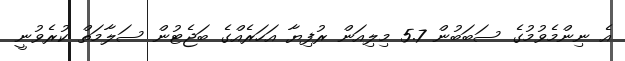
އެ ނިންމެވުމުގެ ސަބަބުން 5.7 މިލިއަން ރުފިޔާ އަހަރެއްގެ ބަޖެޓުން ސަލާމަތް ކުރެވުނީ